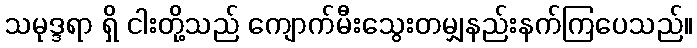
သမုဒ္ဒရာ ရှိ ငါးတို့သည် ကျောက်မီးသွေးတမျှနည်းနက်ကြပေသည်။